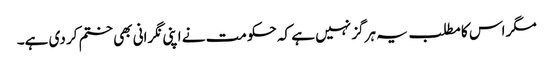
مگر اس کا مطلب یہ ہرگز نہیں ہے کہ حکومت نے اپنی نگرانی بھی ختم کر دی ہے۔